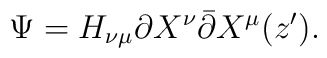
\Psi=H_{\nu\mu}\partial X^{\nu}\bar{\partial} X^{\mu}(z^{\prime}).